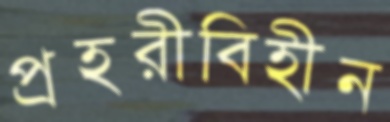
প্রহরীবিহীন